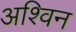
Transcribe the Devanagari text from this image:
अश्‍िवन